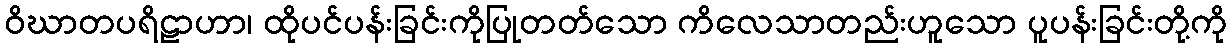
ဝိဃာတပရိဠာဟာ၊ ထိုပင်ပန်းခြင်းကိုပြုတတ်သော ကိလေသာတည်းဟူသော ပူပန်းခြင်းတို့ကို